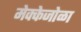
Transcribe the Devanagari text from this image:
मेक्केजोळा